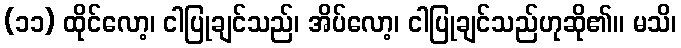
(၁၁) ထိုင်လော့၊ ငါပြုချင်သည်၊ အိပ်လော့၊ ငါပြုချင်သည်ဟုဆို၏။ မသိ၊